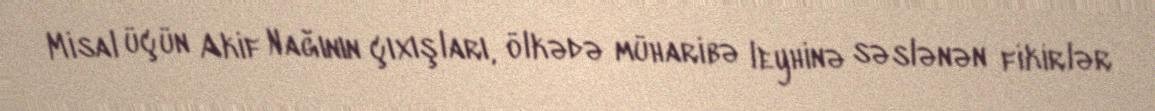
Misal üçün Akif Nağının çıxışları, ölkədə müharibə leyhinə səslənən fikirlər